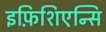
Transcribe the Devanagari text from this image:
इफ़िशिएन्सि